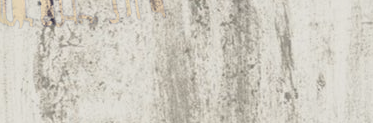
محل بيع لوازم الأطفال وال